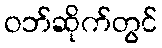
ဝဘ်ဆိုက်တွင်